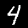
Digit: 4